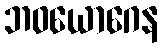
ဘဝယောဂေန